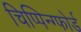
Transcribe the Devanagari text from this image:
चिप्पिन्ग्फोर्ड